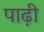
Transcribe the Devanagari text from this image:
पाढ़ी